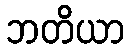
ဘတိယာ